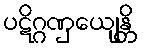
ပဋိဂ္ဂဏှေယျန္တိ